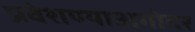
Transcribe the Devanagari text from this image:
प्रवेशण्याअगोदर